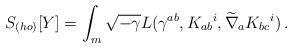
LaTeX: \begin{align*}S_{(ho)} [Y] = \int_m \sqrt{-\gamma} L ( \gamma^{ab},K_{ab}{}^i , \widetilde\nabla_a K_{bc}{}^i )\,.\end{align*}